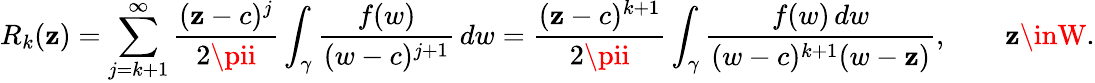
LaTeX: R_{k}(\mathbf{z})=\sum_{j=k+1}^{\infty}{\frac{{(\mathbf{z}-c)^{j}}}{{2\pii}}}\int_{\gamma}{\frac{{f(w)}}{{(w-c)^{j+1}}}}\, dw={\frac{{(\mathbf{z}-c)^{k+1}}}{{2\pii}}}\int_{\gamma}{\frac{{f(w)\, dw}}{{(w-c)^{k+1}(w-\mathbf{z})}}},\qquad\mathbf{z}\inW.